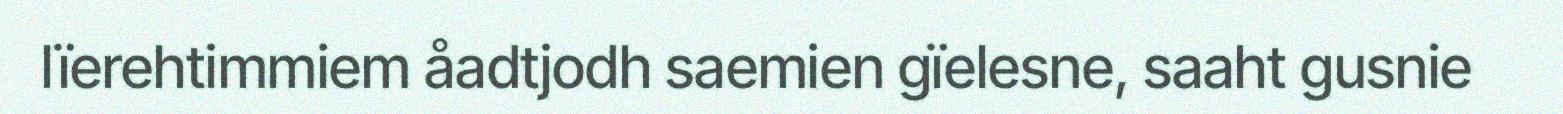
lïerehtimmiem åadtjodh saemien gïelesne, saaht gusnie